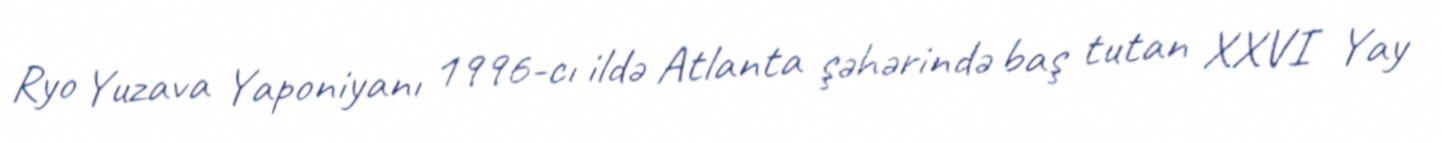
Ryo Yuzava Yaponiyanı 1996-cı ildə Atlanta şəhərində baş tutan XXVI Yay